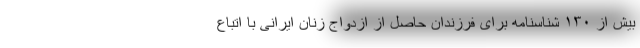
بیش از ۱۳۰ شناسنامه برای فرزندان حاصل از ازدواج زنان ایرانی با اتباع